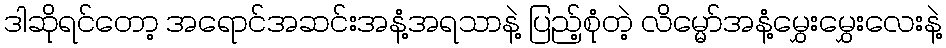
ဒါဆိုရင်တော့ အရောင်အဆင်းအနံ့အရသာနဲ့ ပြည့်စုံတဲ့ လိမ္မော်အနံ့မွှေးမွှေးလေးနဲ့